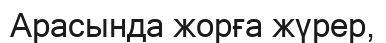
Арасында жорға жүрер,